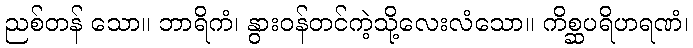
ညစ်တန် သော။ ဘာရိကံ၊ နွားဝန်တင်ကဲ့သို့လေးလံသော။ ကိစ္ဆပရိဟရဏံ၊